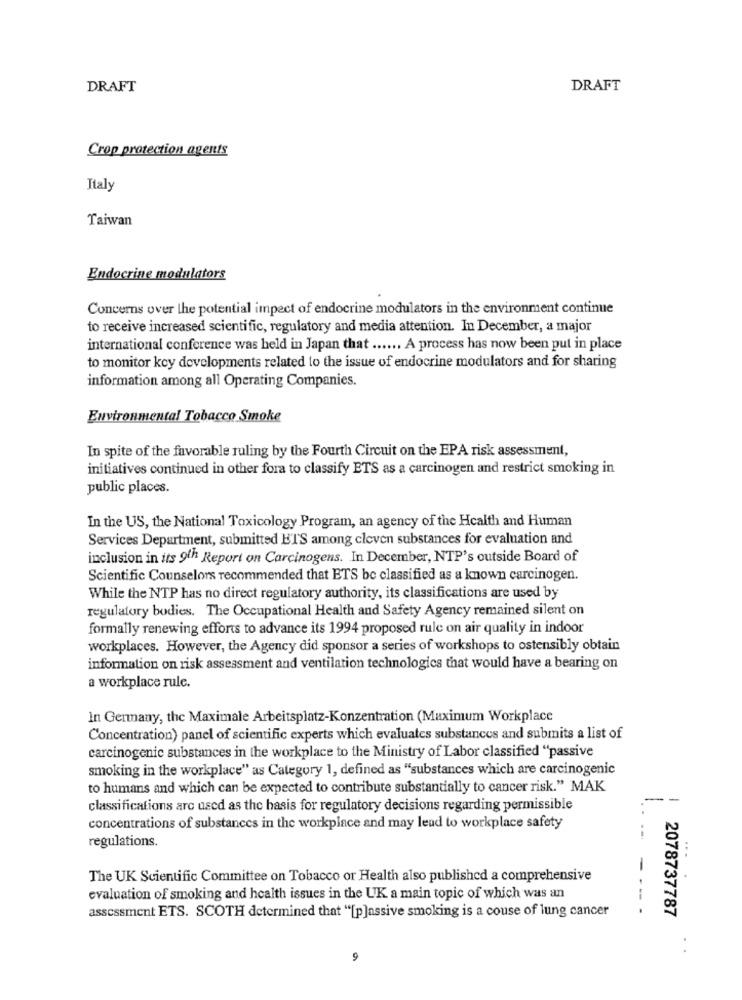
DRAFT
DRAFT
Crop protection agents
Italy
Taiwan
Endocrine modulators
Concerns over the potential impect of endocrine modulators in the environment continue
to receive increased scientific, regulatory and media attention. In December, a major
international conference was held in Japan that ...... A process has now been put in place
to monitor key developments related to the issue of endocrine modulators and for sharing
information among all Operating Companies.
Environmental Tobacco Smoke
In spite of the favorable ruling by the Fourth Circuit on the EPA risk assessment,
initiatives continued in other fora to classify ETS as a carcinogen and restrict smoking in
public places.
In the US, the National Toxicology Program, an agency of the Health and Human
Services Department, submitted ETS among cleven substances for evaluation and
inclusion in its 9th Report on Carcinogens. In December, NTP's outside Board of
Scientific Counselors recommended that ETS be classified as a known carcinogen.
While the NTP has no direct regulatory authority, its classifications are used by
regulatory bodies. The Occupational Health and Safety Agency remained silent on
formally renewing efforts to advance its 1994 proposed rule on air quality in indoor
workplaces. However, the Agency did sponsor a series of workshops to ostensibly obtain
information on risk assessment and ventilation technologies that would have a bearing on
a workplace rule.
In Germany, the Maximale Arbeitsplatz-Konzentration (Maximum Workplace
Concentration) panel of scientific experts which evaluates substances and submits a list of
carcinogenic substances in the workplace to the Ministry of Labor classified "passive
smoking in the workplace" as Category 1, defined as "substances which are carcinogenic
to humans and which can be expected to contribute substantially to cancer risk." MAK
--
classifications arc used as the basis for regulatory decisions regarding permissible
concentrations of substances in the workplace and may lead to workplace safety
regulations.
...
The UK Scientific Committee on Tobacco or Health also published a comprehensive
evaluation of smoking and health issues in the UK a main topic of which was an
---
assessment ETS. SCOTH determined that "[p]assive smoking is a couse of lung cancer
2078737787
9